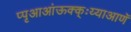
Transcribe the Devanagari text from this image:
प्पृआआंऊक्क्ःय्याआणॅ